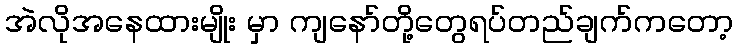
အဲလိုအနေထားမျိုး မှာ ကျနော်တို့တွေရပ်တည်ချက်ကတော့